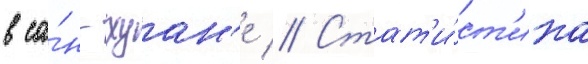
в са́н-хуан'е // Стат'и́ст'ика